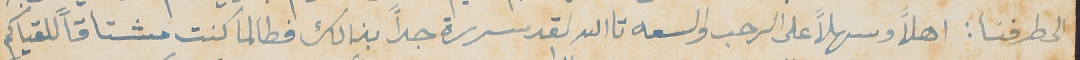
الى طرفنا : اهلاً وسهلاً على الرحب والسعه تاالله لقد سررة جداً بذالك فطالما كنت مشتاقاً للقياكم